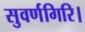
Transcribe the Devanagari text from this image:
सुवर्णगिरि।